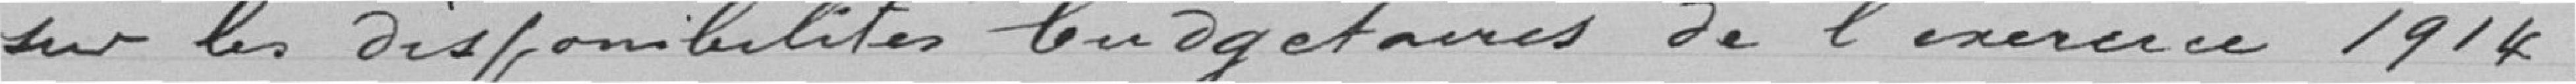
sur les disponibilités budgétaires de l'exercice 1914.